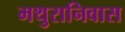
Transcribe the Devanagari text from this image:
मथुरानिवास